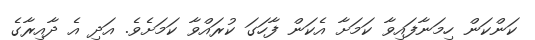
ކަންކަން ހިމަނާފައިވާ ކަމަށާ އެކަން ފާހަގަ ކުރައްވާ ކަމަށެވެ. އަދި އެ ދާއިރާގެ